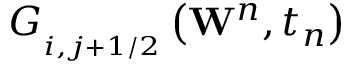
G _ { _ { i , j + 1 / 2 } } ^ { { } } \left( { { \mathbf { W } } ^ { n } } , { { t } _ { n } } \right)